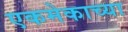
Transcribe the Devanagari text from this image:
एकमेकाच्या